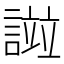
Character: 𧪻